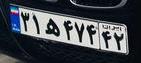
۳۱ه۴۷۴۴۲